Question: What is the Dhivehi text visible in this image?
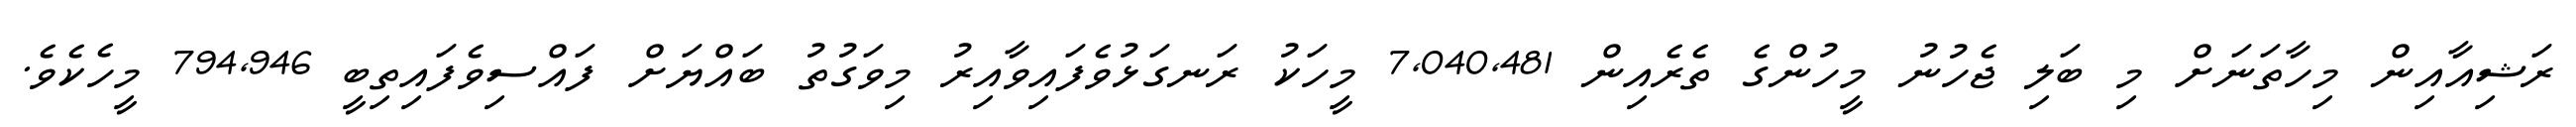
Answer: ރަޝިއާއިން މިހާތަނަށް މި ބަލި ޖެހުނު މީހުންގެ ތެރެއިން 7,040,481 މީހަކު ރަނގަޅުވެފައިވާއިރު މިވަގުތު ބައްޔަށް ފައްސިވެފައިތިބީ 794,946 މީހެކެވެ.